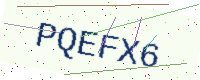
Text: PQEFX6